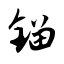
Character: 镏